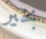
بخير